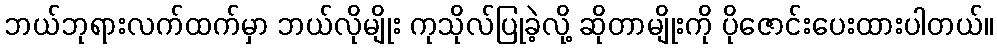
ဘယ်ဘုရားလက်ထက်မှာ ဘယ်လိုမျိုး ကုသိုလ်ပြုခဲ့လို့ ဆိုတာမျိုးကို ပိုဇောင်းပေးထားပါတယ်။